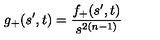
g _ { + } ( s ^ { \prime } , t ) = \frac { f _ { + } ( s ^ { \prime } , t ) } { s ^ { 2 ( n - 1 ) } }